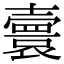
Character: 𡕅